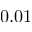
0 . 0 1